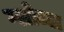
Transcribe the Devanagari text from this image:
ग्लोब्ल